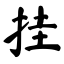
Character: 挂